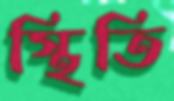
স্থিতি